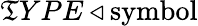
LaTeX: \mathfrak{T}YPE\triangleleft{\mathrm{{symbol}}}